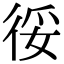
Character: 𢓰